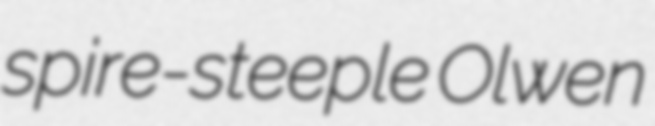
spire-steeple Olwen